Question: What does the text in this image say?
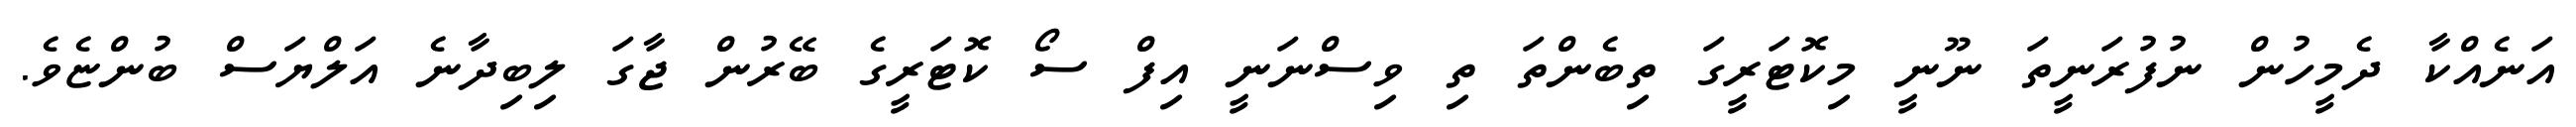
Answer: އަނެއްކާ ދެމީހުން ނުފުރަނީތަ ނޫނީ މިކޮޓަރީގަ ތިބެންތަ ތި ވިސްނަނީ އިފް ސޯ ކޮޓަރީގެ ބޭރުން ޖާގަ ލިބިދާނެ އަލްޔަސް ބުންޏެވެ.